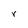
Character: r